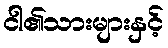
ငါ၏သားများနှင့်